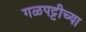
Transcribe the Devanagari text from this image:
गळपट्टीच्या